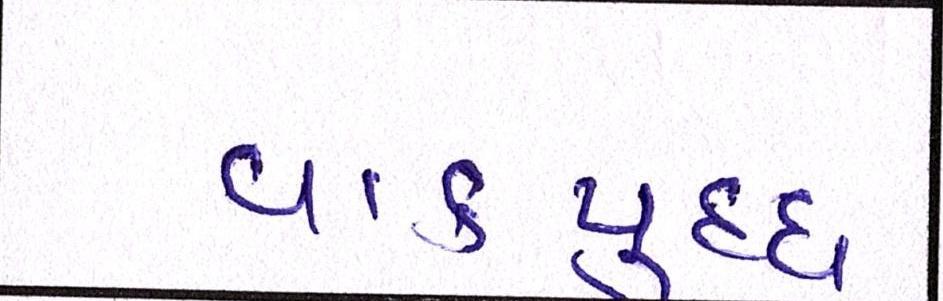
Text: વાકયુદ્ધ